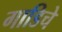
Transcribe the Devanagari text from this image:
गाडिचे